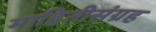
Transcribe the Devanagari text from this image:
माहितीसंग्रह